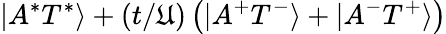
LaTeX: |A^{*}T^{*}\rangle+(t/\mathfrak{U})\left(|A^{+}T^{-}\rangle+|A^{-}T^{+}\rangle\right)